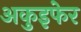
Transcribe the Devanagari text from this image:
अकुइफेर